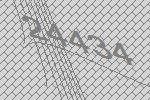
24434